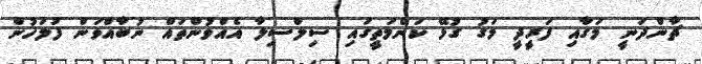
ޗާންދަނީ މަގާއި ފަރީދީ މަގު ގުޅޭ ކަންމަތީގައި ސިލްސިލާ އެއްވުންތައް ނުބާއްވަން ފުލުހުން